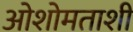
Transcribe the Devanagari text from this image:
ओशोमताशी